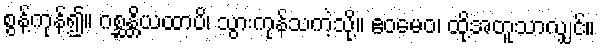
စွန့်ကုန်၍။ ဂစ္ဆန္တိယထာပိ၊ သွားကုန်သကဲ့သို့။ ဧဝမေဝ၊ ထို့အတူသာလျှင်။